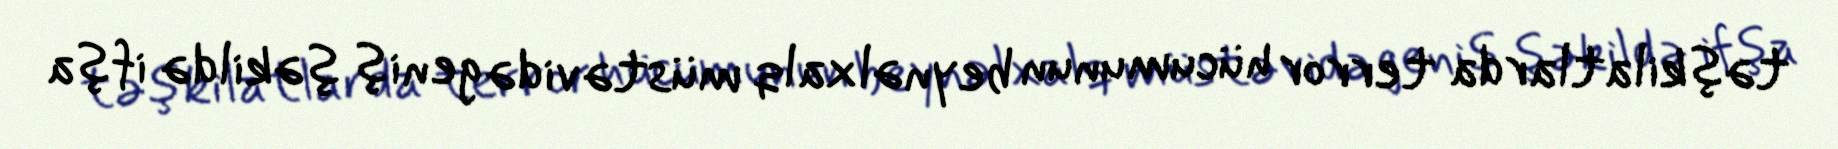
təşkilatlarda terror hücumunun beynəlxalq müstəvidə geniş şəkildə ifşa